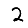
Digit: 2